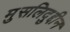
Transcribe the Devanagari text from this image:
मुसलिदुद्दीन